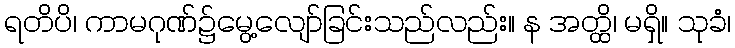
ရတိပိ၊ ကာမဂုဏ်၌မွေ့လျော်ခြင်းသည်လည်း။ န အတ္ထိ၊ မရှိ။ သုခံ၊